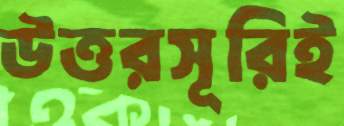
উত্তরসূরিই